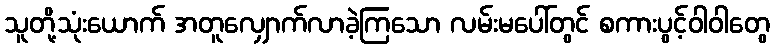
သူတို့သုံးယောက် အတူလျှောက်လာခဲ့ကြသော လမ်းမပေါ်တွင် စကားပွင့်ဝါဝါတွေ